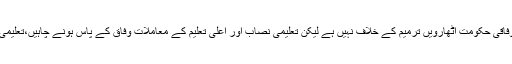
لاہور میں صحافیوں سے گفتگو میں وفاقی وزیر تعلیم نے کہا کہ وفاقی حکومت اٹھارویں ترمیم کے خلاف نہیں ہے لیکن تعلیمی نصاب اور اعلیٰ تعلیم کے معاملات وفاق کے پاس ہونے چاہیں،تعلیمی نظام کی بہتری کیلئے اقدامات ، سیاست سے بالاتر ہونے چاہئیں۔